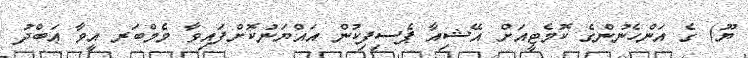
ޔޫ) ގެ އަންހެނުންގެ ކޮމެޓީއަށް އޭޝިއާ ޕެސިފިކުން އައްޔަނުކޮށްފައިވާ މެމްބަރ އީވާ ޢަބްދު